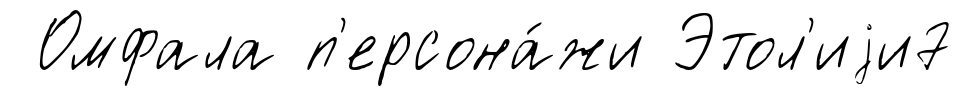
Омфала п'ерсона́жи Этол'иjи7